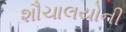
શૌચાલયોની